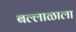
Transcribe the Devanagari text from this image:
बल्लाळाला